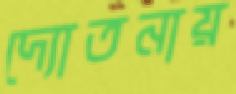
দ্যোতনায়